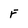
Character: F